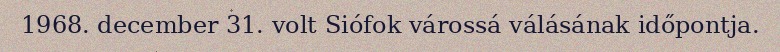
1968. december 31. volt Siófok várossá válásának időpontja.